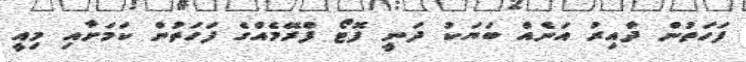
ފަހަތުން ދާއިރު އަނެއް ބަޔަކު ދަނީ ފޮޓޯ ފްރޭމެއްގެ ފަހަތުން ކަމަށާއި މިއީ